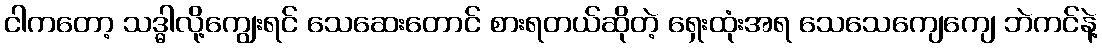
ငါကတော့ သဒ္ဓါလို့ကျွေးရင် သေဆေးတောင် စားရတယ်ဆိုတဲ့ ရှေးထုံးအရ သေသေကျေကျေ ဘဲကင်နဲ့